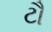
ટૌ